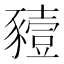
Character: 豷